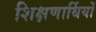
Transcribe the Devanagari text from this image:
शिक्षणार्थियों